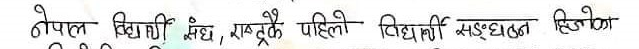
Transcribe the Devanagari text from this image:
गोपाल विद्यार्थी संघ, राष्ट्रकै पहिलो विद्यार्थी संगठन थियो।